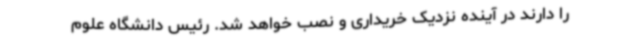
را دارند در آینده نزدیک خریداری و نصب خواهد شد. رئیس دانشگاه علوم